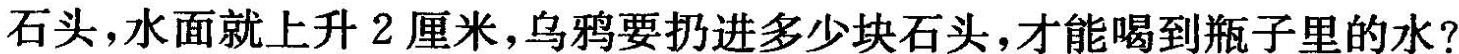
石头，水面就上升2厘米，乌鸦要扔进多少块石头，才能喝到瓶子里的水?